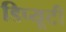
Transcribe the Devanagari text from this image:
डिप्यूटी